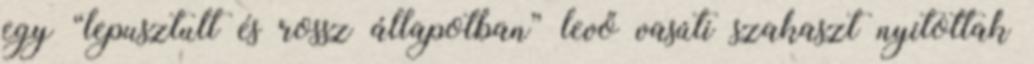
egy “lepusztult és rossz állapotban” levő vasúti szakaszt nyitottak